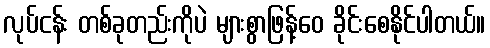
လုပ်ငန်း တစ်ခုတည်းကိုပဲ များစွာဖြန့်ဝေ ခိုင်းစေနိုင်ပါတယ်။